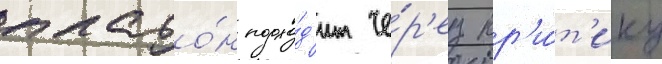
плато́н подхо́д'ит че́р'ез кр'и́т'ику